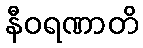
နီဝရဏာတိ